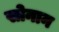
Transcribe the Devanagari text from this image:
सोनान